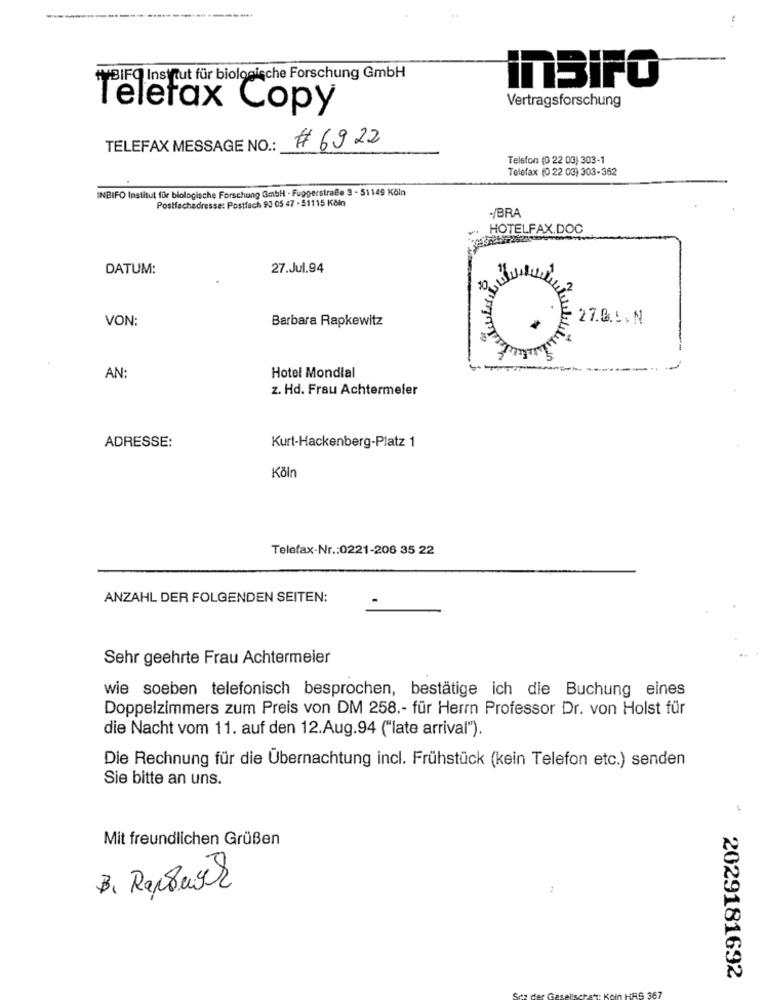
+BIFQ Institut für biologische Forschung GmbH
inSIFO
Vertragsforschung
Telefax Copy
TELEFAX MESSAGE NO .:
# 69 22
Telefon (0 22 03) 303-1
Telefax (0 22 03) 303-362
INBIFO Institut für biologische Forschung GmbH - Fuggerstraße 3 - 51149 Köln
Postfachadresse: Postfach 93 05 47 - 51115 Köln
-/BRA
HOTELFAX.DOC
DATUM:
27.Jul.94
10
22
VON:
Barbara Rapkewitz
27.0.5.N
AN:
Hotel Mondial
z. Hd. Frau Achtermeler
ADRESSE:
Kurt-Hackenberg-Platz 1
Köln
Telefax-Nr .: 0221-206 35 22
ANZAHL DER FOLGENDEN SEITEN:
Sehr geehrte Frau Achtermeier
wie soeben telefonisch besprochen, bestätige ich die Buchung eines
Doppelzimmers zum Preis von DM 258 .- für Herrn Professor Dr. von Holst für
die Nacht vom 11. auf den 12.Aug.94 ("late arrival").
Die Rechnung für die Übernachtung incl. Frühstück (kein Telefon etc.) senden
Sie bitte an uns.
:
Mit freundlichen Grüßen
2029181692
367